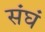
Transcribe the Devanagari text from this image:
संघं